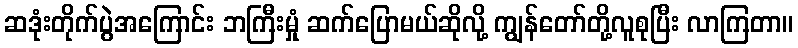
ဆဒုံးတိုက်ပွဲအကြောင်း ဘကြီးမှုံ ဆက်ပြောမယ်ဆိုလို့ ကျွန်တော်တို့လူစုပြီး လာကြတာ။